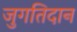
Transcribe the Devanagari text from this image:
जुगतिदान